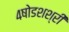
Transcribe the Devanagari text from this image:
४षोडशश्री